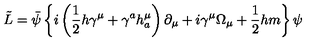
\tilde { L } = \bar { \psi } \left\{ i \left( \frac 1 2 h \gamma ^ { \mu } + \gamma ^ { a } h _ { a } ^ { \mu } \right) \partial _ { \mu } + i \gamma ^ { \mu } \Omega _ { \mu } + \frac 1 2 h m \right\} \psi